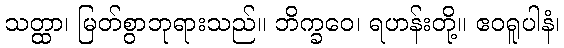
သတ္ထာ၊ မြတ်စွာဘုရားသည်။ ဘိက္ခဝေ၊ ရဟန်းတို့။ ဧဝရူပါနံ၊